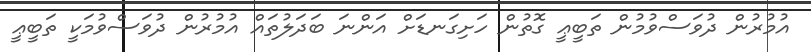
އުމުރުން ދުވަސްވުމުން ތަބީޢީ ގޮތުން ހަށިގަނޑަށް އަންނަ ބަދަލުތައް އުމުރުން ދުވަސްވުމަކީ ތަބީޢީ